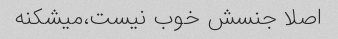
اصلا جنسش خوب نیست،میشکنه